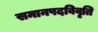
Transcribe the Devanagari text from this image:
समानपदविवृति